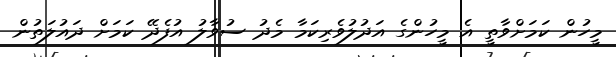
މީހުން ކަމަށްވާތީ އެ މީހުންގެ އަދުލުވެރިކަމާ މެދު ސުވާލު އުފެދޭ ކަމަށް ދައުލަތުން